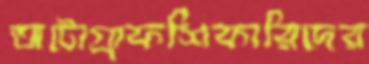
অটোগ্রাফশিকারিদের